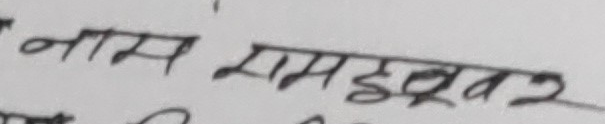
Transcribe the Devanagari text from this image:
नाम रामेश्वर